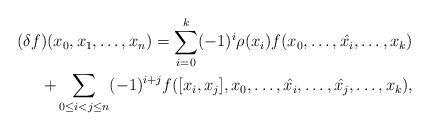
LaTeX: \begin{align*}(\delta f)(x_0,x_1,\ldots,x_n)=\sum_{i=0}^{k}(-1)^{i}\rho(x_i)f(x_0,\ldots,\hat{x_i},\ldots,x_k)\\+\sum_{0\leq i<j\leq n}(-1)^{i+j}f([x_i,x_j],x_0,\ldots,\hat{x_i},\ldots,\hat{x_j},\ldots,x_k),\end{align*}